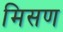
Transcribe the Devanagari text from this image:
मिसण